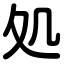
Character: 処